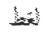
لغط